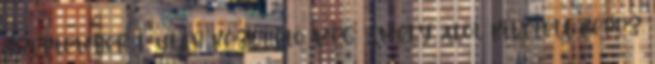
szeptember 1. után kezdhető meg, amely alól kivételt képez